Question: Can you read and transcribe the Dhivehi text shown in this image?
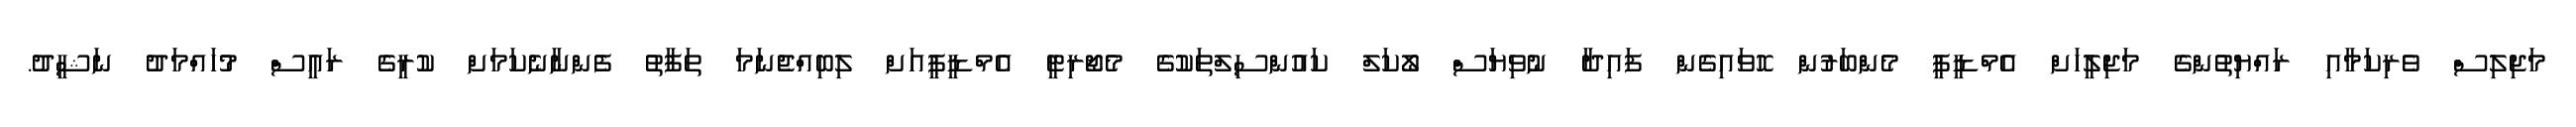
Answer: މަޖިލިސް ވެރިކަމާއި ރައްޔިތުންގެ މަޖިލީހަށް އެމްޑީޕީ މެންބަރުން ހޮވައިގެން ފައިދާ ނުވިޔަސް ލޯކަލް ކައުންސިލްތަކުގެ މެޖޯރިޓީ އެމްޑީޕީއަށް ލިބިއްޖެނަމަ ތަފާތު ފެންނާނެކަމަށް ކުރީގެ ރައީސް މުހައްމަދު ނަޝީދު.